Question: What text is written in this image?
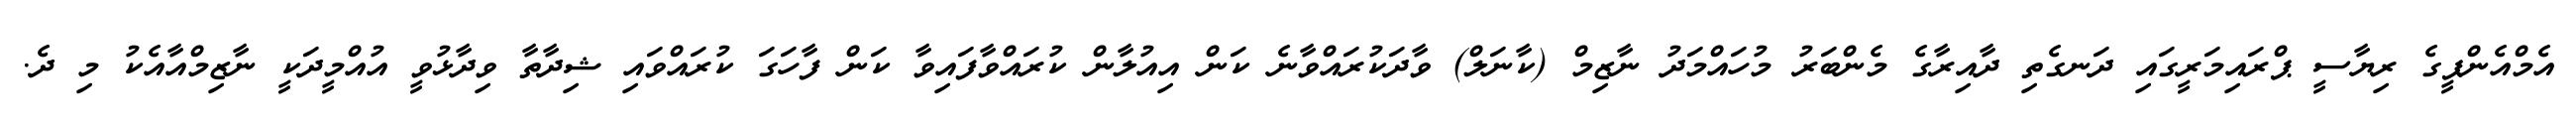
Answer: އެމްއެންޕީގެ ރިޔާސީ ޕްރައިމަރީގައި ދަނގެތި ދާއިރާގެ މެންބަރު މުހައްމަދު ނާޒިމް (ކާނަލް) ވާދަކުރައްވާނެ ކަން އިއުލާން ކުރައްވާފައިވާ ކަން ފާހަގަ ކުރައްވައި ޝިދާތާ ވިދާޅުވީ އުއްމީދަކީ ނާޒިމްއާއެކު މި ދެ.